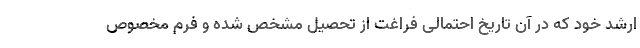
ارشد خود که در آن تاریخ احتمالی فراغت از تحصیل مشخص شده و فرم مخصوص